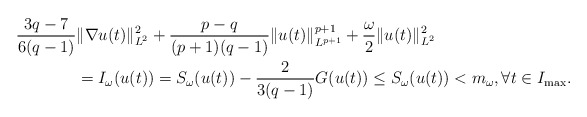
\begin{align*}\frac{3q-7}{6(q-1)}&\|\nabla u(t)\|^2_{L^2} +\frac{p-q}{(p+1)(q-1)} \|u(t)\|^{p+1}_{L^{p+1}} +\frac{\omega}{2} \|u(t)\|^2_{L^2} \\&=I_\omega(u(t)) = S_\omega(u(t)) -\frac{2}{3(q-1)}G(u(t)) \leq S_\omega(u(t)) <m_\omega, \forall t\in I_{\max}.\end{align*}